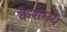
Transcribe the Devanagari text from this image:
केशमय